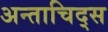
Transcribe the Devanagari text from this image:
अन्ताचिद्स